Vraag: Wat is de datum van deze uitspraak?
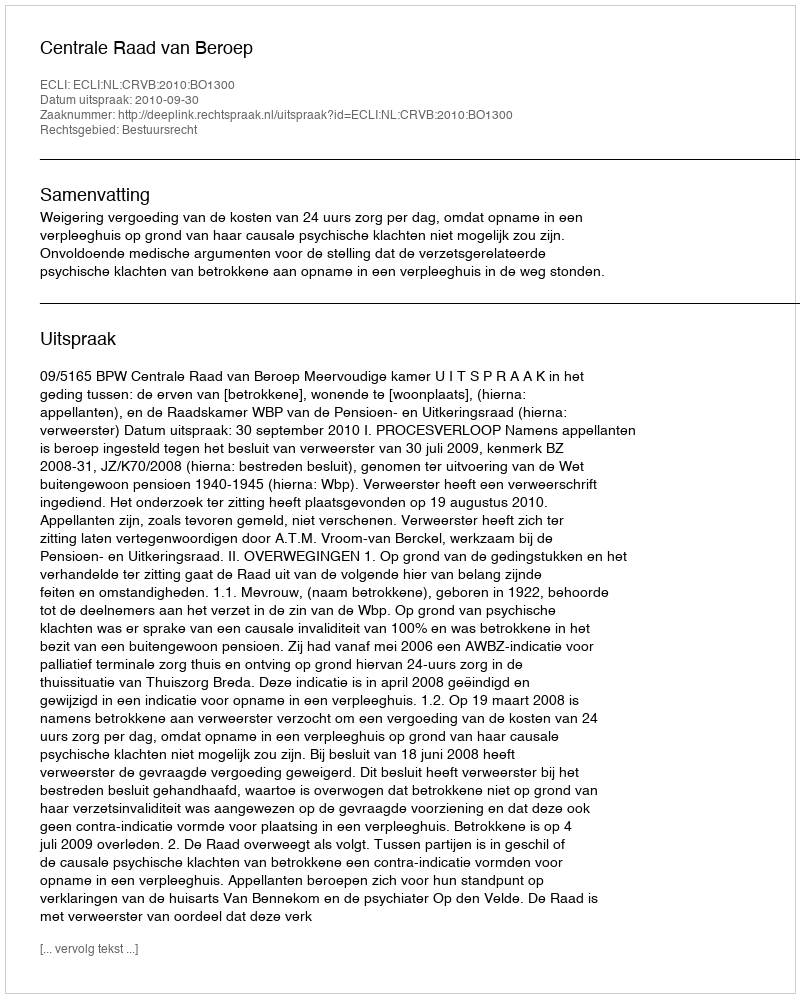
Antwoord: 2010-09-30